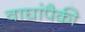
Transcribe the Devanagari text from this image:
वाघांपैकी